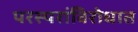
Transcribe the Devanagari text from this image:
परस्परांविरोधात